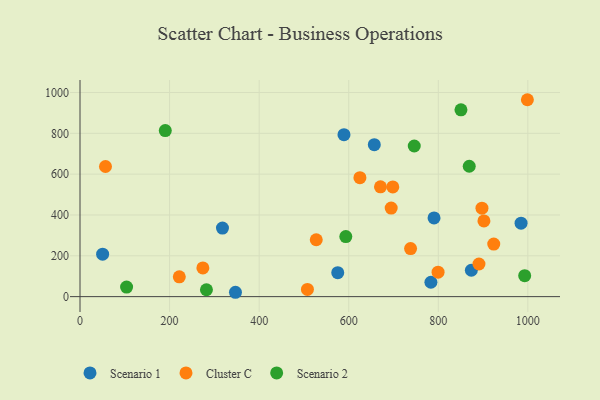
{"axis": {"x": "Experience", "y": "Salary"}, "legend": ["Cluster C", "Scenario 1", "Scenario 2"], "data": [{"x": "984.8", "y": 360.0, "type": "Scenario 1"}, {"x": "790.5", "y": 385.8, "type": "Scenario 1"}, {"x": "783.5", "y": 70.5, "type": "Scenario 1"}, {"x": "873.8", "y": 129.3, "type": "Scenario 1"}, {"x": "589.4", "y": 793.7, "type": "Scenario 1"}, {"x": "318.1", "y": 336.1, "type": "Scenario 1"}, {"x": "50.5", "y": 208.1, "type": "Scenario 1"}, {"x": "347.1", "y": 21.4, "type": "Scenario 1"}, {"x": "657.1", "y": 744.4, "type": "Scenario 1"}, {"x": "575.5", "y": 117.5, "type": "Scenario 1"}, {"x": "507.8", "y": 35.4, "type": "Cluster C"}, {"x": "527.5", "y": 278.7, "type": "Cluster C"}, {"x": "799.5", "y": 119.8, "type": "Cluster C"}, {"x": "890.8", "y": 159.8, "type": "Cluster C"}, {"x": "698.4", "y": 537.7, "type": "Cluster C"}, {"x": "694.8", "y": 433.9, "type": "Cluster C"}, {"x": "923.8", "y": 257.4, "type": "Cluster C"}, {"x": "274.3", "y": 140.7, "type": "Cluster C"}, {"x": "738.1", "y": 235.5, "type": "Cluster C"}, {"x": "998.9", "y": 964.7, "type": "Cluster C"}, {"x": "901.9", "y": 371.1, "type": "Cluster C"}, {"x": "897.5", "y": 433.2, "type": "Cluster C"}, {"x": "670.9", "y": 537.9, "type": "Cluster C"}, {"x": "625.0", "y": 582.8, "type": "Cluster C"}, {"x": "56.9", "y": 637.5, "type": "Cluster C"}, {"x": "221.7", "y": 97.3, "type": "Cluster C"}, {"x": "992.9", "y": 102.5, "type": "Scenario 2"}, {"x": "104.0", "y": 47.1, "type": "Scenario 2"}, {"x": "190.4", "y": 813.6, "type": "Scenario 2"}, {"x": "850.6", "y": 915.1, "type": "Scenario 2"}, {"x": "746.3", "y": 738.0, "type": "Scenario 2"}, {"x": "869.1", "y": 638.7, "type": "Scenario 2"}, {"x": "593.5", "y": 294.4, "type": "Scenario 2"}, {"x": "282.3", "y": 33.8, "type": "Scenario 2"}]}